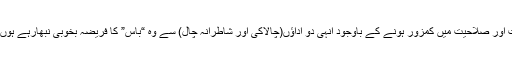
قابلیت اور صلاحیت میں کمزور ہونے کے باوجود انہی دو اداؤں(چالاکی اور شاطرانہ چال) سے وہ “باس” کا فریضہ بخوبی نبھارہے ہوں گے۔